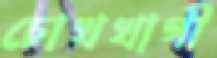
চোখখাগী